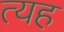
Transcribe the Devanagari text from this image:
त्यह